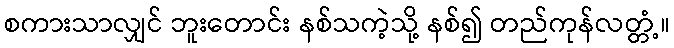
စကားသာလျှင် ဘူးတောင်း နစ်သကဲ့သို့ နစ်၍ တည်ကုန်လတ္တံ့။